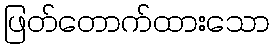
ဖြတ်တောက်ထားသော